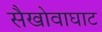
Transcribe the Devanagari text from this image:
सैखोवाघाट